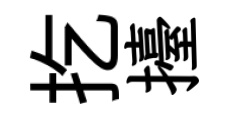
扢擡